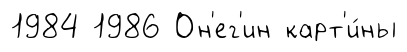
1984 1986 Он'ег'ин карт'и́ны